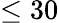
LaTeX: \leq 30